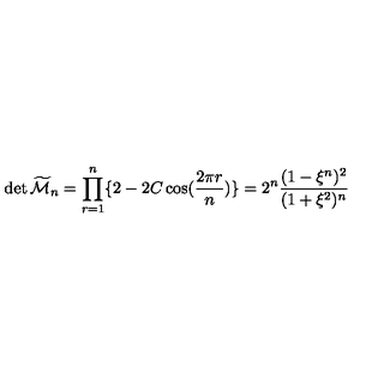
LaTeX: \det { \widetilde { \cal M } _ { n } } = \prod _ { r = 1 } ^ { n } \{ 2 - 2 C \cos ( { \frac { 2 \pi r } { n } } ) \} = 2 ^ { n } { \frac { ( 1 - \xi ^ { n } ) ^ { 2 } } { ( 1 + \xi ^ { 2 } ) ^ { n } } }